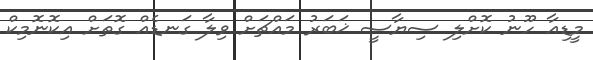
މީޑިއާ ހޫނު ކޮށްލި ސިޔާސީ ޚަބަރު މައްޗަށް ވިލާ ގަނޑެއް ގޮތަށް އިކޮނޮމިކް